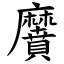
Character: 黂